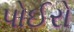
પોઈરો